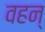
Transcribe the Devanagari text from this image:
वहन्